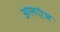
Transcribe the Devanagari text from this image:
अलएंज